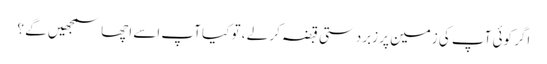
اگر کوئی آپ کی زمین پر زبردستی قبضہ کر لے ، تو کیا آپ اسے اچھا سمجھیں گے ؟